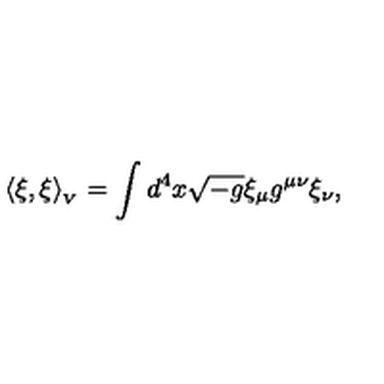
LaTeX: \langle \xi , \xi \rangle _ { _ V } = \int d ^ { 4 } x \sqrt { - g } \xi _ { \mu } g ^ { \mu \nu } \xi _ { \nu } ,